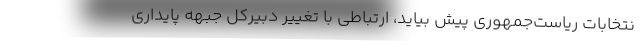
نتخابات ریاست‌جمهوری پیش بیاید، ارتباطی با تغییر دبیرکل جبهه پایداری